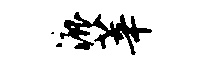
漉莘